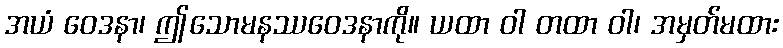
အယံ ဝေဒနာ၊ ဤသောမနဿဝေဒနာကို။ ယထာ ဝါ တထာ ဝါ၊ အမှတ်မထား